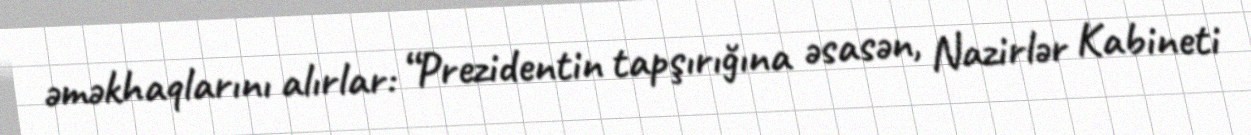
əməkhaqlarını alırlar: “Prezidentin tapşırığına əsasən, Nazirlər Kabineti